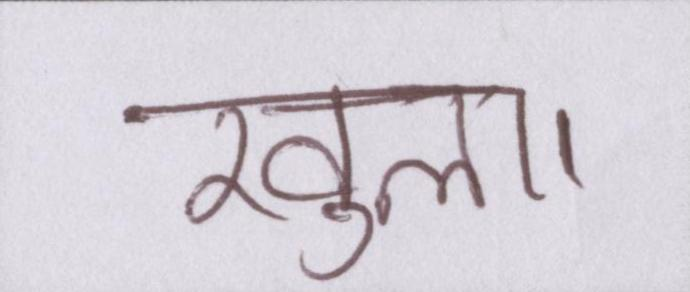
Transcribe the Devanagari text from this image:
खुला।